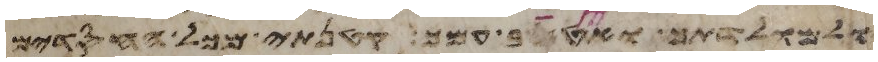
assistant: ואל מולדתך ואטיב עמך קטנתי מכל החסדים